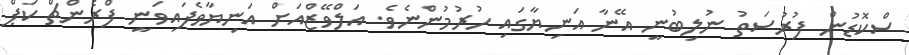
ސްކޮޑުން ފުރުސަތު ނުލިބުނީ އޭނާ އަނިޔާގައި ހުރުމުންނެވެ. އަލްވޭޒްއަށް އަނިޔާވެފައިވަނީ ފްރެންޗް ކަޕް